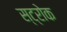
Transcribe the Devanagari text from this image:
स्‍ट्रोक